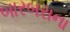
બારબરાના